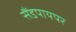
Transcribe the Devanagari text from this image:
सैंडपायपर